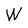
Character: W